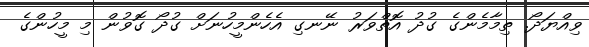
ވިއްޔަދޯ. ތިމާމެންގެ ގުދު އޮތްވަރު ނޭނގި އެހެންމީހުނަށް ގުދޯ ގޮވުން މި މީހުންގެ